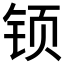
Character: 𰽳